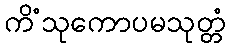
ကိံသုကောပမသုတ္တံ